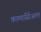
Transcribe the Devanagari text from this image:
कामार्सिअल